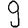
Digit: 9